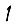
Digit: 1